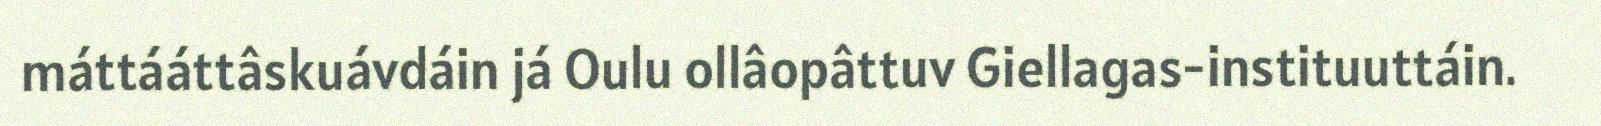
máttááttâskuávdáin já Oulu ollâopâttuv Giellagas-instituuttáin.